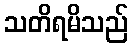
သတိရမိသည်